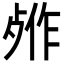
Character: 𬆖